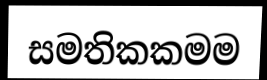
සමතිකකමම